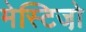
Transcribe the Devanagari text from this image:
मेस्टिजो़